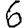
Digit: 6